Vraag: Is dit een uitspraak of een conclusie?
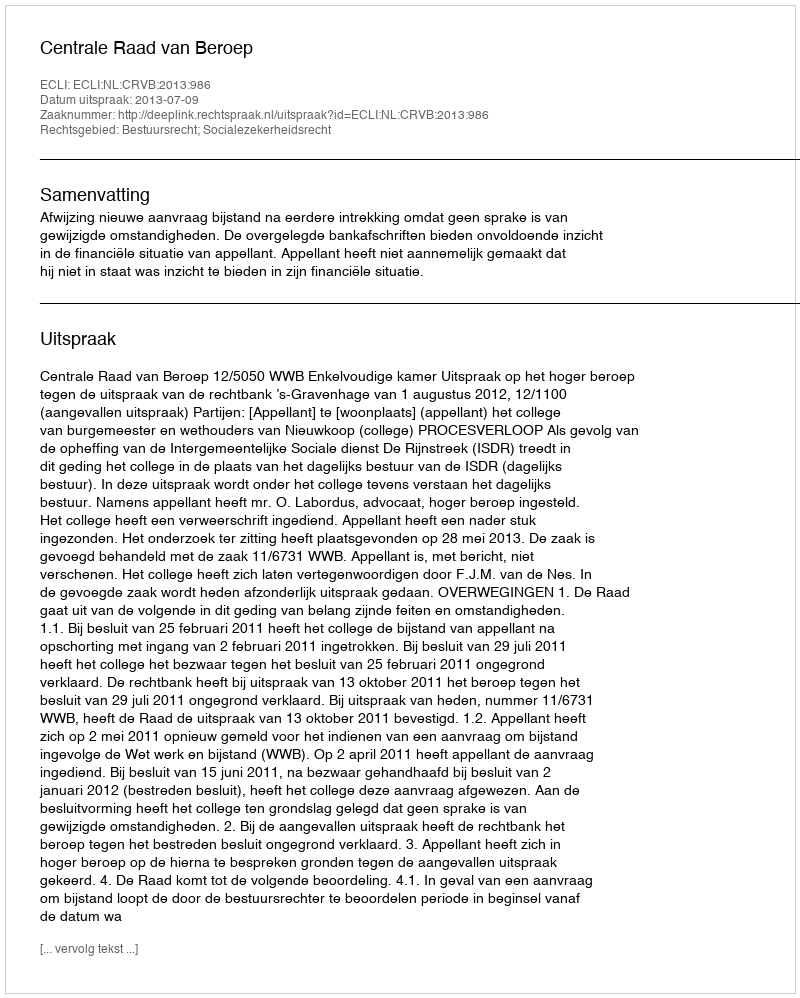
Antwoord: Uitspraak